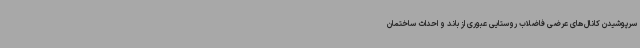
سرپوشیدن کانال‌های عرضی فاضلاب روستایی عبوری از باند و احداث ساختمان